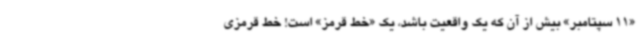
«11 سپتامبر» بیش از آن که یک واقعیت باشد، یک «خط قرمز» است! خط قرمزی